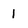
Character: i